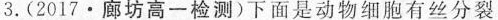
3.(2017\cdot 廊坊高一检测)下面是动物细胞有丝分裂